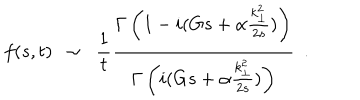
f ( s , t ) ~ ~ \sim ~ ~ { \frac { 1 } { t } } { \frac { \Gamma \left( 1 - i ( G s + \alpha { \frac { k _ { \perp } ^ { 2 } } { 2 s } } ) \right) } { \Gamma \left( i ( G s + \alpha { \frac { k _ { \perp } ^ { 2 } } { 2 s } } ) \right) } } ~ ~ .